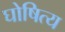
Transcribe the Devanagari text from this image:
घोषित्य